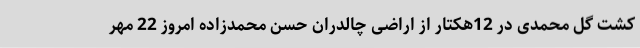
کشت گل محمدی در 12هکتار از اراضی چالدران حسن محمدزاده امروز 22 مهر